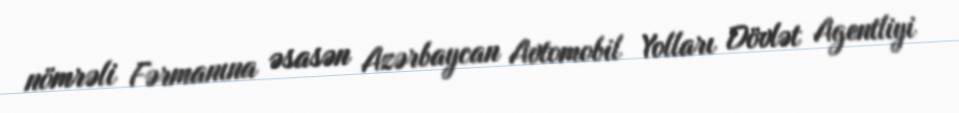
nömrəli Fərmanına əsasən Azərbaycan Avtomobil Yolları Dövlət Agentliyi